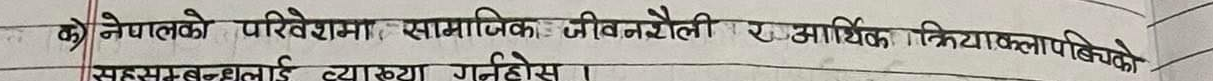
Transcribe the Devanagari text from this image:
क) नेपालको परिवेशमा सामाजिक जीवनशैली र आर्थिक क्रियाकलापबीचको सम्बन्धलाई व्याख्या गर्नुहोस्।